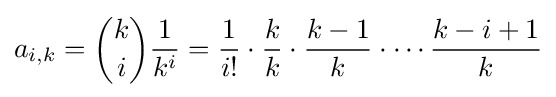
a_{i,k}={\binom {k}{i}}{\frac {1}{k^{i}}}={\frac {1}{i!}}\cdot {\frac {k}{k}}\cdot {\frac {k-1}{k}}\cdot \cdots {\frac {k-i+1}{k}}